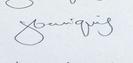
Signature authenticity: genuine